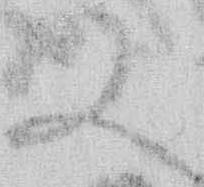
又